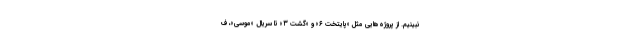
نبینیم. از پروژه‌هایی مثل «پایتخت ۶» و «گشت ۳» تا سریال «موسی»، ف